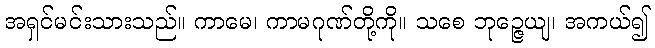
အရှင်မင်းသားသည်။ ကာမေ၊ ကာမဂုဏ်တို့ကို။ သစေ ဘုဉ္ဇေယျ၊ အကယ်၍